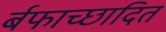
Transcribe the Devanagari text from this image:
र्बफाच्छादित